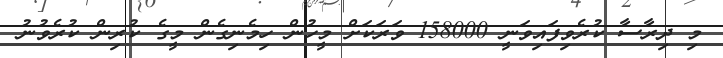
މި ދިރާސާ ކުރެވިފައިވަނީ 158000 ވަރަކަށް މީހުން ހިމެނިގެން މީގެ ކުރިން ކުރެވުނު